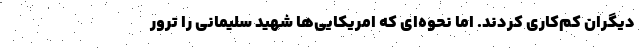
ديگران كم‌كاري كردند. اما نحوه‌اي كه امريكايي‌ها شهيد سليماني را ترور